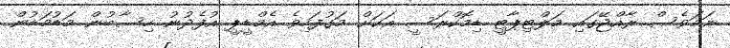
ނަމަވެސް ރާއްޖޭގައި މަލްޓިޕާޓީ ޑިމޮކްރަސީ އަކަށް މަގުފަހިވެ އެމްޑީޕީ އުފެދުނު ހިސާބުން މަޑުމަޑުން